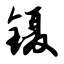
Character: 镊